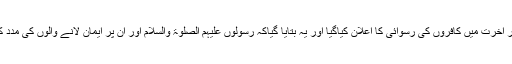
(4)…دنیا اور آخرت میں کافروں کی رسوائی کا اعلان کیاگیا اور یہ بتایا گیاکہ رسولوں عَلَیْہِمُ الصَّلٰوۃُ وَالسَّلَام اور ان پر ایمان لانے والوں کی مدد کی جائے گی۔